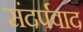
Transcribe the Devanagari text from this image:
संदर्पवाद